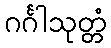
ဂင်္ဂါသုတ္တံ